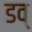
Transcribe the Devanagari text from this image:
डव्